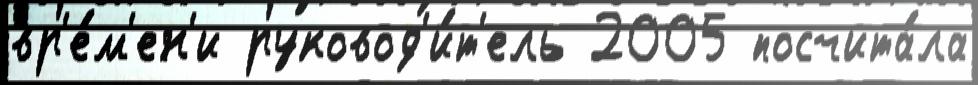
вр'е́м'ен'и руковод'и́т'ель 2005 посчита́ла